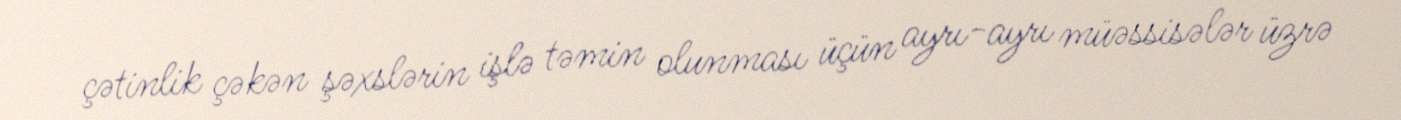
çətinlik çəkən şəxslərin işlə təmin olunması üçün ayrı-ayrı müəssisələr üzrə